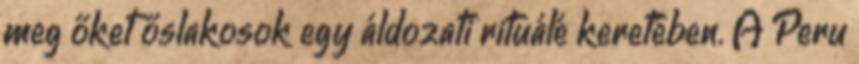
meg őket őslakosok egy áldozati rituálé keretében. A Peru